Report of the Indian Hemp Drugs Commission, 1894-1895 - Volume VII
Year: 1894
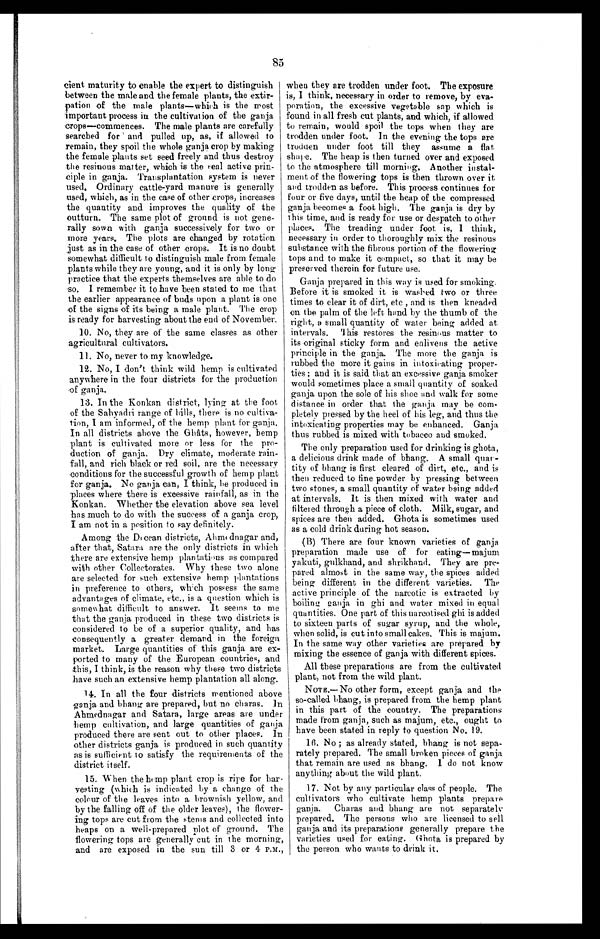
85
cient maturity to enable the expert to distinguish
between the male and the female plants, the extir
-
pation of the male plants—which is the most
important process in the cultivation of the ganja
crops—commences. The male plants are carefully
searched for and pulled up, as, if allowed to
remain, they spoil the whole ganja crop by making
the female plants set seed freely and thus destroy
the resinous matter, which is the real active prin
-
ciple in ganja. Transplantation system is never
used. Ordinary cattle-yard manure is generally
used, which, as in the case of other crops, increases
the quantity and improves the quality of the
outturn. The same plot of ground is not gene
-
rally sown with ganja successively for two or
more years. The plots are changed by rotation
just as in the case of other crops. It is no doubt
somewhat di f f i cul t t o di st i ngui sh mal e f r om f emal e
plants while they are young, and it is only by long
practice that the experts themselves are able to do
so. I remember it to have been stated to me that
the earlier appearance of buds upon a plant is one
of the signs of its being a male plant. The crop
is ready for harvesting about the end of November.
10. No, they are of the same classes as other
agricultural cultivators.
1 1 . N o , n e v e r t o m y k n o w l e d g e .
12. No, I don't think wild hemp is cultivated
anywhere in the four districts for the production
of ganja.
13. In the Konkan district, lying at the foot
of the Sahyadri range of hills, there is no cultiva
-
tion, I am informed, of the hemp plant for ganja.
In all districts above the Ghâts, however, hemp
plant is cultivated more or less for the pro
-
duction of ganja. Dry climate, moderate rain
-
fall, and rich black or red soil, are the necessary
conditions for the successful growth of hemp plant
for ganja. No ganja can, I think, he produced in
places where there is excessive rainfall, as in the
Konkan. Whether the elevation above sea level
has much to do with the success of a ganja crop,
I am not in a position to say definitely.
Among the Deccan districts, Ahmednagar and,
after that, Satara are the only districts in which
there are extensive hemp plantations as compared
with other Collectorates. Why these two alone
are selected for such extensive hemp plantations
in preference to others, which possess the same
advantages of climate, etc., is a question which is
somewhat difficult to answer. It seems to me
that the ganja produced in these two districts is
considered to be of a superior quality, and has
consequently a greater demand in the foreign
market. Large quantities of this ganja are ex
-
ported to many of the European countries, and
this, I think, is the reason why these two districts
have such an extensive hemp plantation all along.
14. In all the four districts mentioned above
ganja and bhang are prepared, but no charas. In
Ahmednagar and Satara, large areas are under
hemp cultivation, and large quantities of ganja
produced there are sent out to other places. In
other districts ganja is produced in such quantity
as is sufficient to satisfy the requirements of the
district itself.
15. When the hemp plant crop is ripe for har
-
vesting (which is indicated by a change of the
colour of the leaves into a brownish yellow, and
by the falling off of the older leaves), the flower
-
ing tops are cut from the stems and collected into
heaps on a well-prepared plot of ground. The
flowering tops are generally cut in the morning,
and are exposed in the sun till 3 or 4 P.M.,
when they are trodden under foot. The exposure
is, I think, necessary in order to remove, by eva
-
poration, the excessive vegetable sap which is
found in all fresh cut plants, and which, if allowed
to remain, would spoil the tops when they are
trodden under foot. In the evening the tops are
trodden under foot till they assume a flat
shape. The heap is then turned over and exposed
to the atmosphere till morning. Another instal
-
ment of the flowering tops is then thrown over it
and trodden as before. This process continues for
four or five days, until the heap of the compressed
ganja becomes a foot high. The ganja is dry by
this time, and is ready for use or despatch to other
places. The treading under foot is, I think,
necessary in order to thoroughly mix the resinous
substance with the fibrous portion of the flowering
tops and to make it compact, so that it may be
preserved therein for future use.
Ganja prepared in this way is used for smoking.
Before it is smoked it is washed two or three
times to clear it of dirt, etc , and is then kneaded
on the palm of the left hand by the thumb of the
right, a small quantity of water being added at
intervals. This restores the resinous matter to
its original sticky form and enlivens the active
principle in the ganja. The more the ganja is
rubbed the more it gains in intoxicating proper
-
ties ; and it is said that an excessive ganja smoker
would sometimes place a small quantity of soaked
ganja upon the sole of his shoe and walk for some
distance in order that the ganja may be com
-
pletely pressed by the heel of his leg, and thus the
intoxicating properties may be enhanced. Ganja
thus rubbed is mixed with tobacco and smoked.
The only preparation used for drinking is ghota,
a delicious drink made of bhang. A small qua
n -
tity of bhang is first cleared of dirt, etc., and is
then reduced to fine powder by pressing between
two stones, a small quantity of water being added
at intervals. It is then mixed with water and
filtered through a piece of cloth. Milk, sugar, and
spices are then added. Ghota is sometimes used
as a cold drink during hot season.
(B) There are four known varieties of ganja
preparation made use of for eating— majum
yakuti, gulkhand, and shrikhand. They are pre
-
pared almost in the same way, the spices added
being different in the different varieties. The
active principle of the narcotic is extracted by
boiling ganja in ghi and water mixed in equal
quantities. One part of this narcotised ghi is added
to sixteen parts of sugar syrup, and the whole,
when solid, is cut into small cakes. This is majum.
In the same way other varieties are prepared by
mixing the essence of ganja with different spices.
All these preparations are from the cultivated
plant, not from the wild plant.
NOTE.—No other form, except ganja and the
so-called bhang, is prepared from the hemp plant
in this part of the country. The preparations
made from ganja, such as majum, etc., ought to
have been stated in reply to question No. 19.
16. No ; as already stated, bhang is not sepa
-
rately prepared. The small broken pieces of ganja
that remain are used as bhang. I do not know
anything about the wild plant.
17. Not by any particular class of people. The
cultivators who cultivate hemp plants prepare
ganja. Charas and bhang are not separately
prepared. The persons who are licensed to sell
ganja and its preparations generally prepare the
varieties used for eating. Ghota is prepared by
the person who wants to drink it.